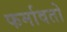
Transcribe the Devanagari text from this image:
फर्मावतो